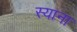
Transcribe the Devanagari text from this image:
स्याना